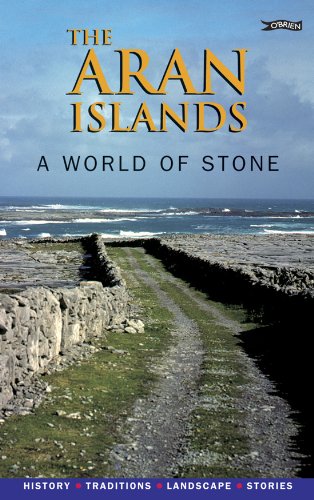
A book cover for The Aran Islands: A World of Stone. History, Traditions, Landscape, Stories; Curriculum Development Unit; Travel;